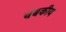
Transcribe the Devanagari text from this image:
चंबकीय